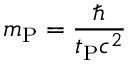
m _ { \mathrm { P } } = { \frac { \hbar } { t _ { \mathrm { P } } c ^ { 2 } } }